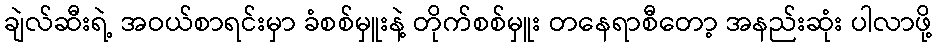
ချဲလ်ဆီးရဲ့ အဝယ်စာရင်းမှာ ခံစစ်မှူးနဲ့ တိုက်စစ်မှူး တနေရာစီတော့ အနည်းဆုံး ပါလာဖို့